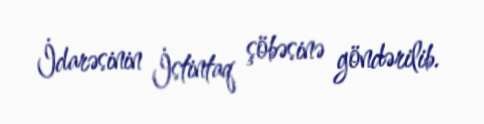
İdarəsinin İstintaq şöbəsinə göndərilib.